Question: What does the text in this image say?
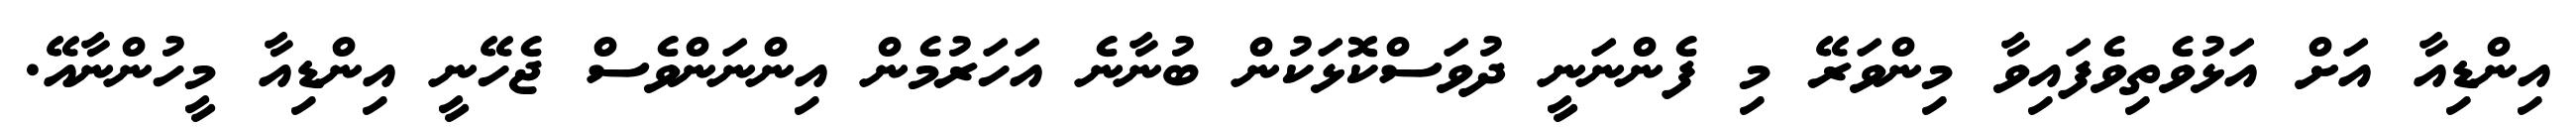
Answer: އިންޑިއާ އަށް އަޅުވެތިވެފައިވާ މިންވަރޭ މި ފެންނަނީ ދުވަސްކޮޅަކުން ބުނާނެ އަހަރުމެން އިންނަންވެސް ޖެހޭނީ އިންޑިއާ މީހުންނާއޭ.